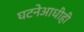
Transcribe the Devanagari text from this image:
घटनेआधीही